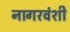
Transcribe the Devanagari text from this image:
नागरवंशी